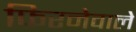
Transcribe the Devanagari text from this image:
फिरनेवाले